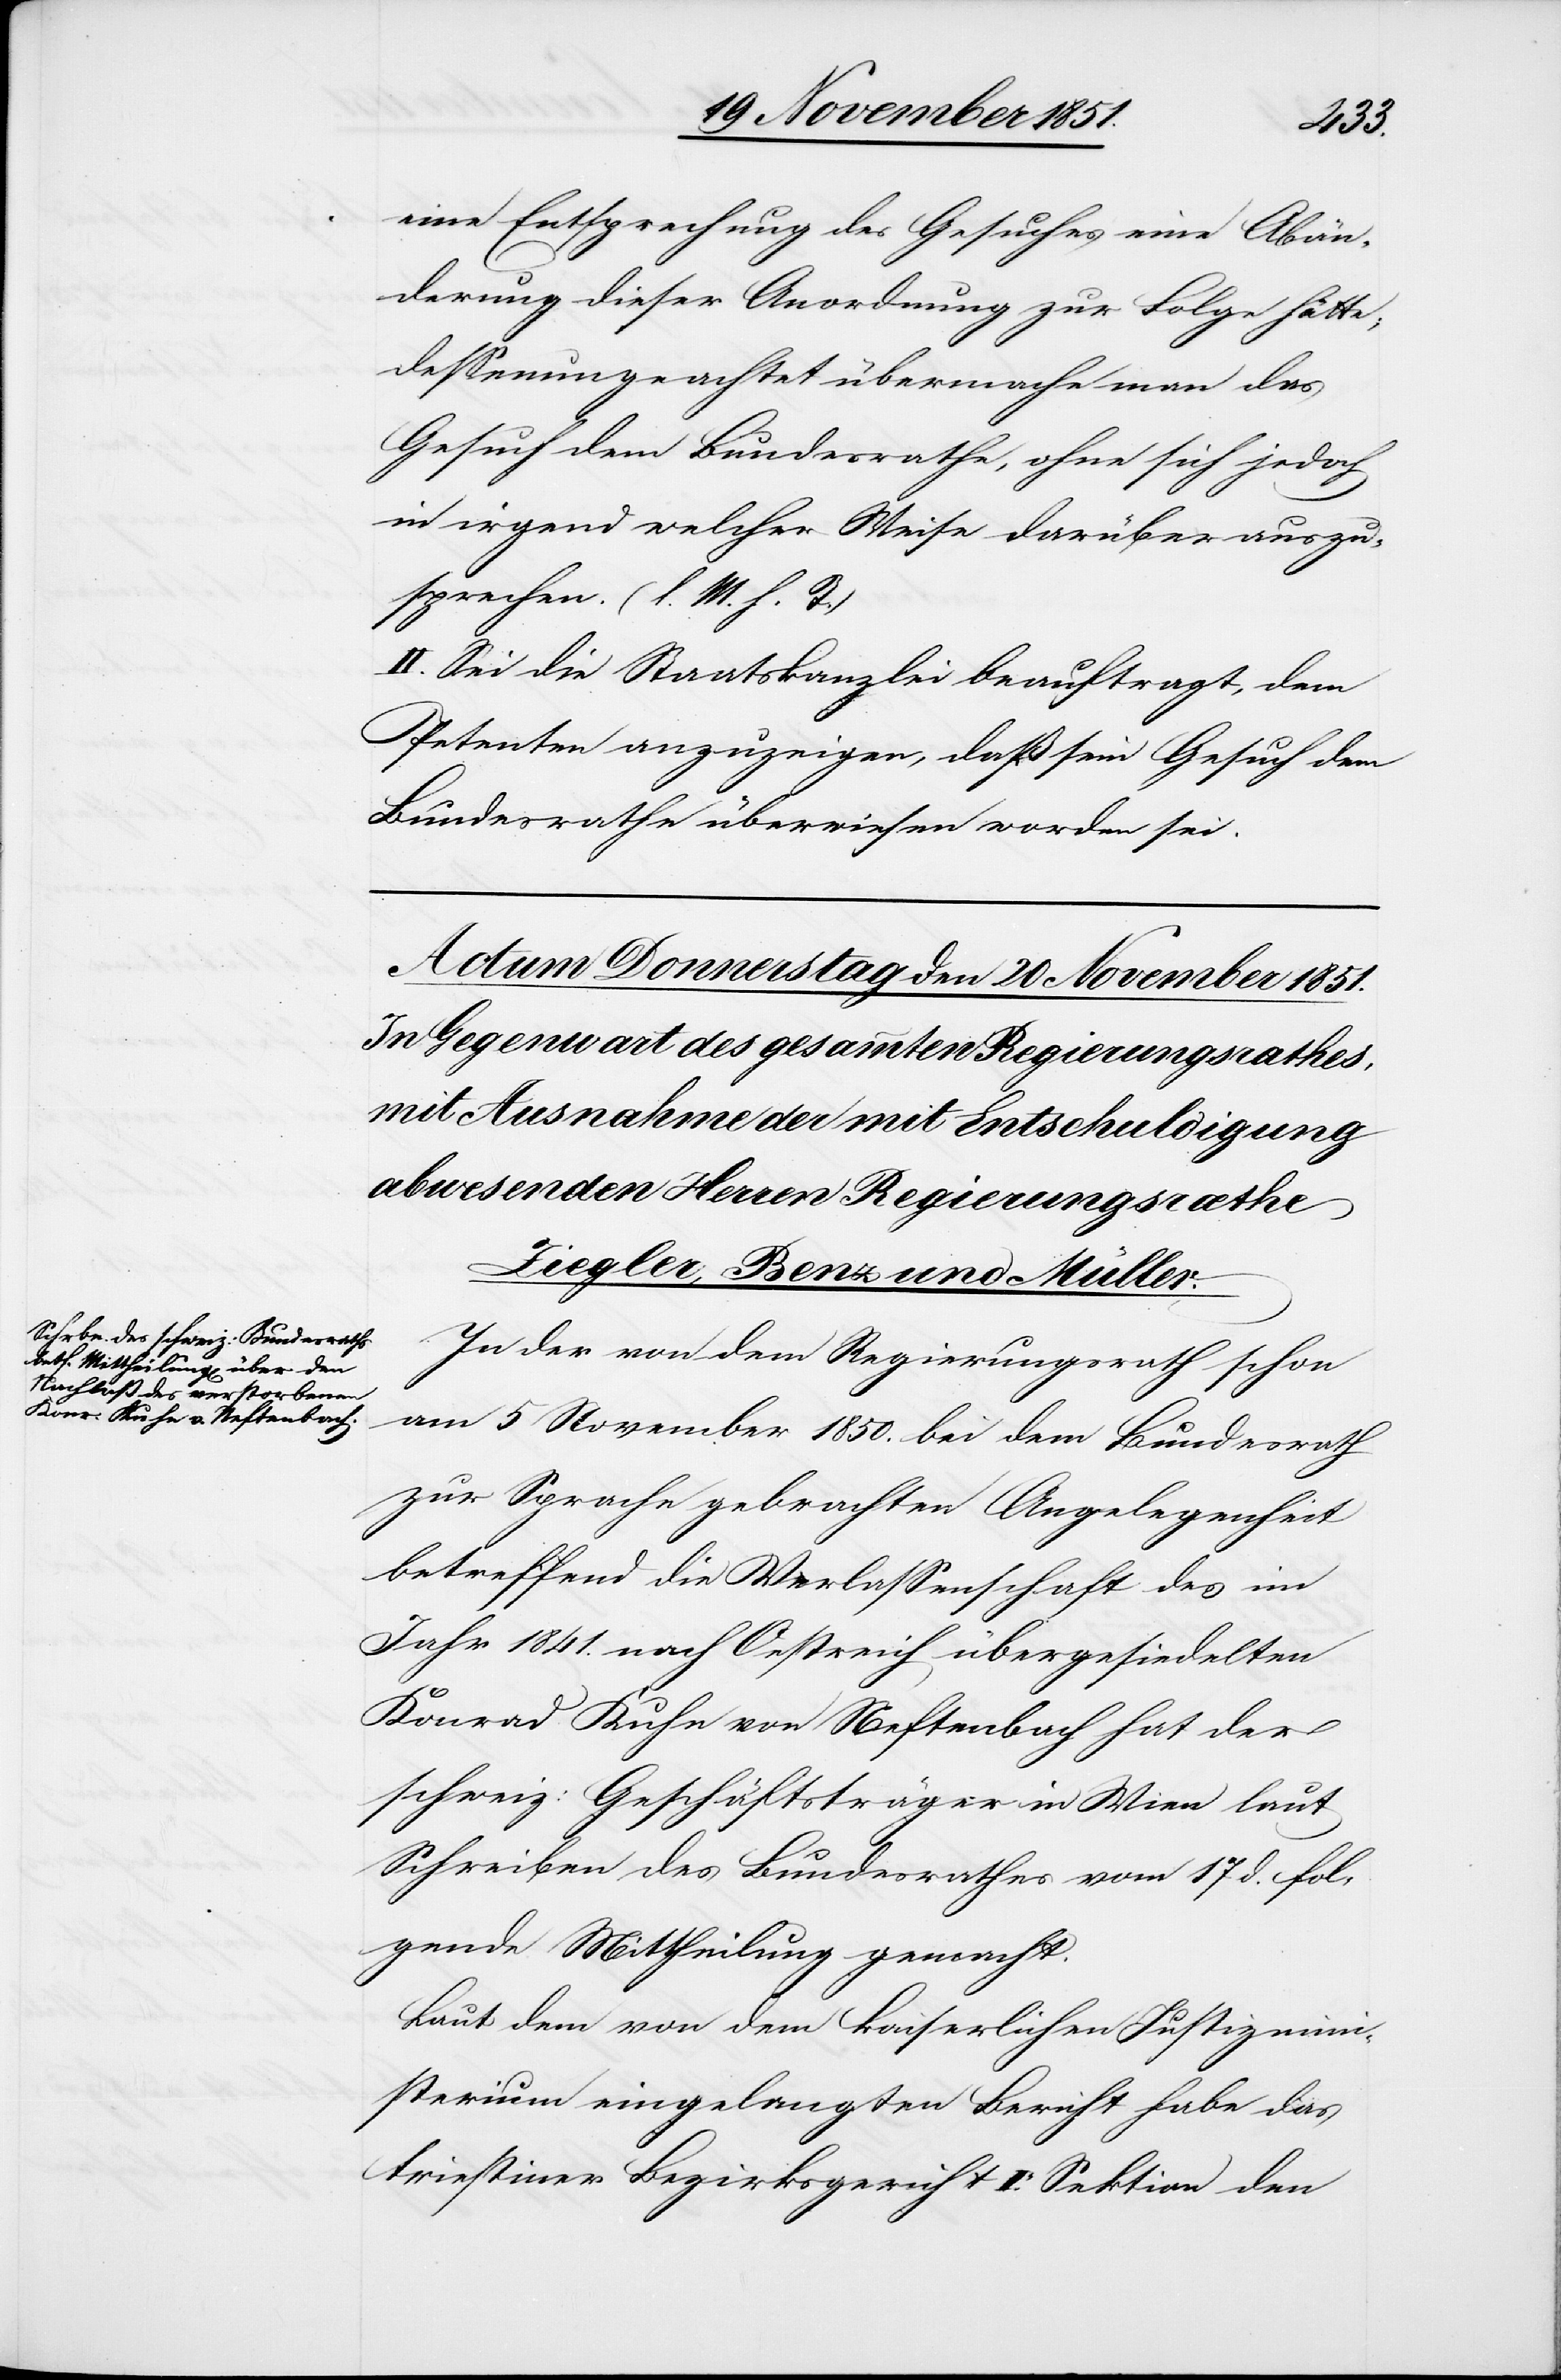
eine Entsprechung des Gesuches eine Abän¬
derung dieser Anordnung zur Folge hätte;
dessenungeachtet übermache man das
Gesuch dem Bundesrathe, ohne sich jedoch
in irgend welcher Weise darüber auszu¬
sprechen. (l. M. h. T.)
II. Sei die Staatskanzlei beauftragt, dem
Petenten anzuzeigen, daß sein Gesuch dem
Bundesrathe überwiesen worden sei.
In der von dem Regierungsrath schon
am 5 November 1850. bei dem Bundesrath
zur Sprache gebrachten Angelegenheit
betreffend die Verlassenschaft des im
Jahr 1841. nach Oestreich übergesiedelten
Konrad Kuhn von Neftenbach hat der
schweiz: Geschäftsträger in Wien laut
Schreiben des Bundesrathes vom 17 d. fol¬
gende Mittheilung gemacht.
Laut dem von dem kaiserlichen Justizmini¬
sterium eingelangten Bericht habe das
triestiner Bezirksgericht Ie. Sektion den